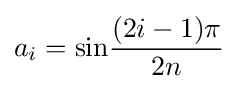
a_{i}=\mathrm {sin} {\frac {(2i-1)\pi }{2n}}